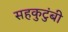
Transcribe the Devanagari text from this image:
सहकुटुंबी